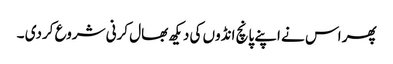
پھر اس نے اپنے پانچ انڈوں کی دیکھ بھال کرنی شروع کردی ۔